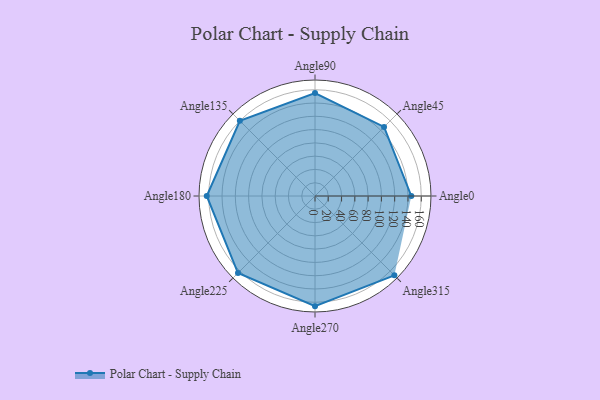
{"axis": {"x": "Angle", "y": "Radius"}, "legend": [""], "data": [{"x": "Angle0", "y": 145.0, "type": ""}, {"x": "Angle45", "y": 147.0, "type": ""}, {"x": "Angle90", "y": 155.0, "type": ""}, {"x": "Angle135", "y": 160.0, "type": ""}, {"x": "Angle180", "y": 163.0, "type": ""}, {"x": "Angle225", "y": 164.0, "type": ""}, {"x": "Angle270", "y": 166.0, "type": ""}, {"x": "Angle315", "y": 169.0, "type": ""}]}